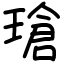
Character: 瑲